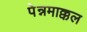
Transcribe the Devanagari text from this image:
पेन्नमाक्कल